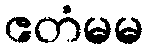
ဧတံမမ